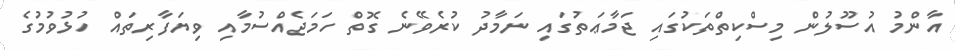
އާންމު އުސޫލުން މިސްކިތްތަކުގައި ޖަމާޢަތުގައި ނަމާދު ކުރެވޭނެ ގޮތް ހަމަޖެއްސުމާއި ވިޔަފާރިތައް ހުޅުވުމުގެ